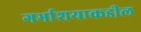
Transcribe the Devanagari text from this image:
गर्भाशयाकडील